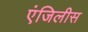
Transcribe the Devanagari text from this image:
एंजिलीस